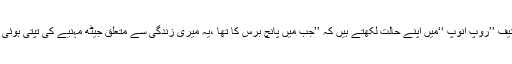
آپ اپنی تصنیف ’’روپ انوپ ‘‘میں اپنے حالت لکھتے ہیں کہ ’’جب میں پانچ برس کا تھا ،یہ میری زندگی سے متعلق جیٹھ مہنیے کی تپتی ہوئی دپریاں تھیں۔